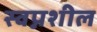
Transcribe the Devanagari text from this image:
स्वप्नशील